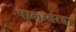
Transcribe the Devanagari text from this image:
पाल्म्यरह१